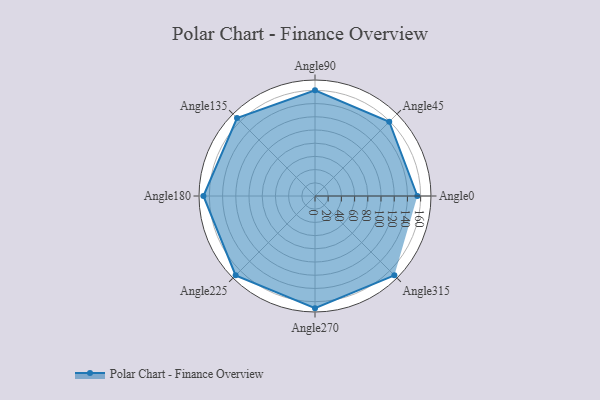
{"axis": {"x": "Angle", "y": "Radius"}, "legend": [""], "data": [{"x": "Angle0", "y": 155.0, "type": ""}, {"x": "Angle45", "y": 159.0, "type": ""}, {"x": "Angle90", "y": 160.0, "type": ""}, {"x": "Angle135", "y": 167.0, "type": ""}, {"x": "Angle180", "y": 169.0, "type": ""}, {"x": "Angle225", "y": 170, "type": ""}, {"x": "Angle270", "y": 170, "type": ""}, {"x": "Angle315", "y": 170, "type": ""}]}